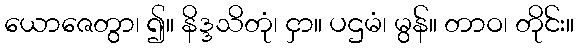
ယောဇေတွာ၊ ၍။ နိဒ္ဒသိတုံ၊ ငှာ။ ပဌမံ၊ မွန်။ တာဝ၊ တိုင်း။